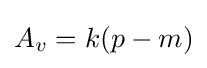
A_{v}=k(p-m)